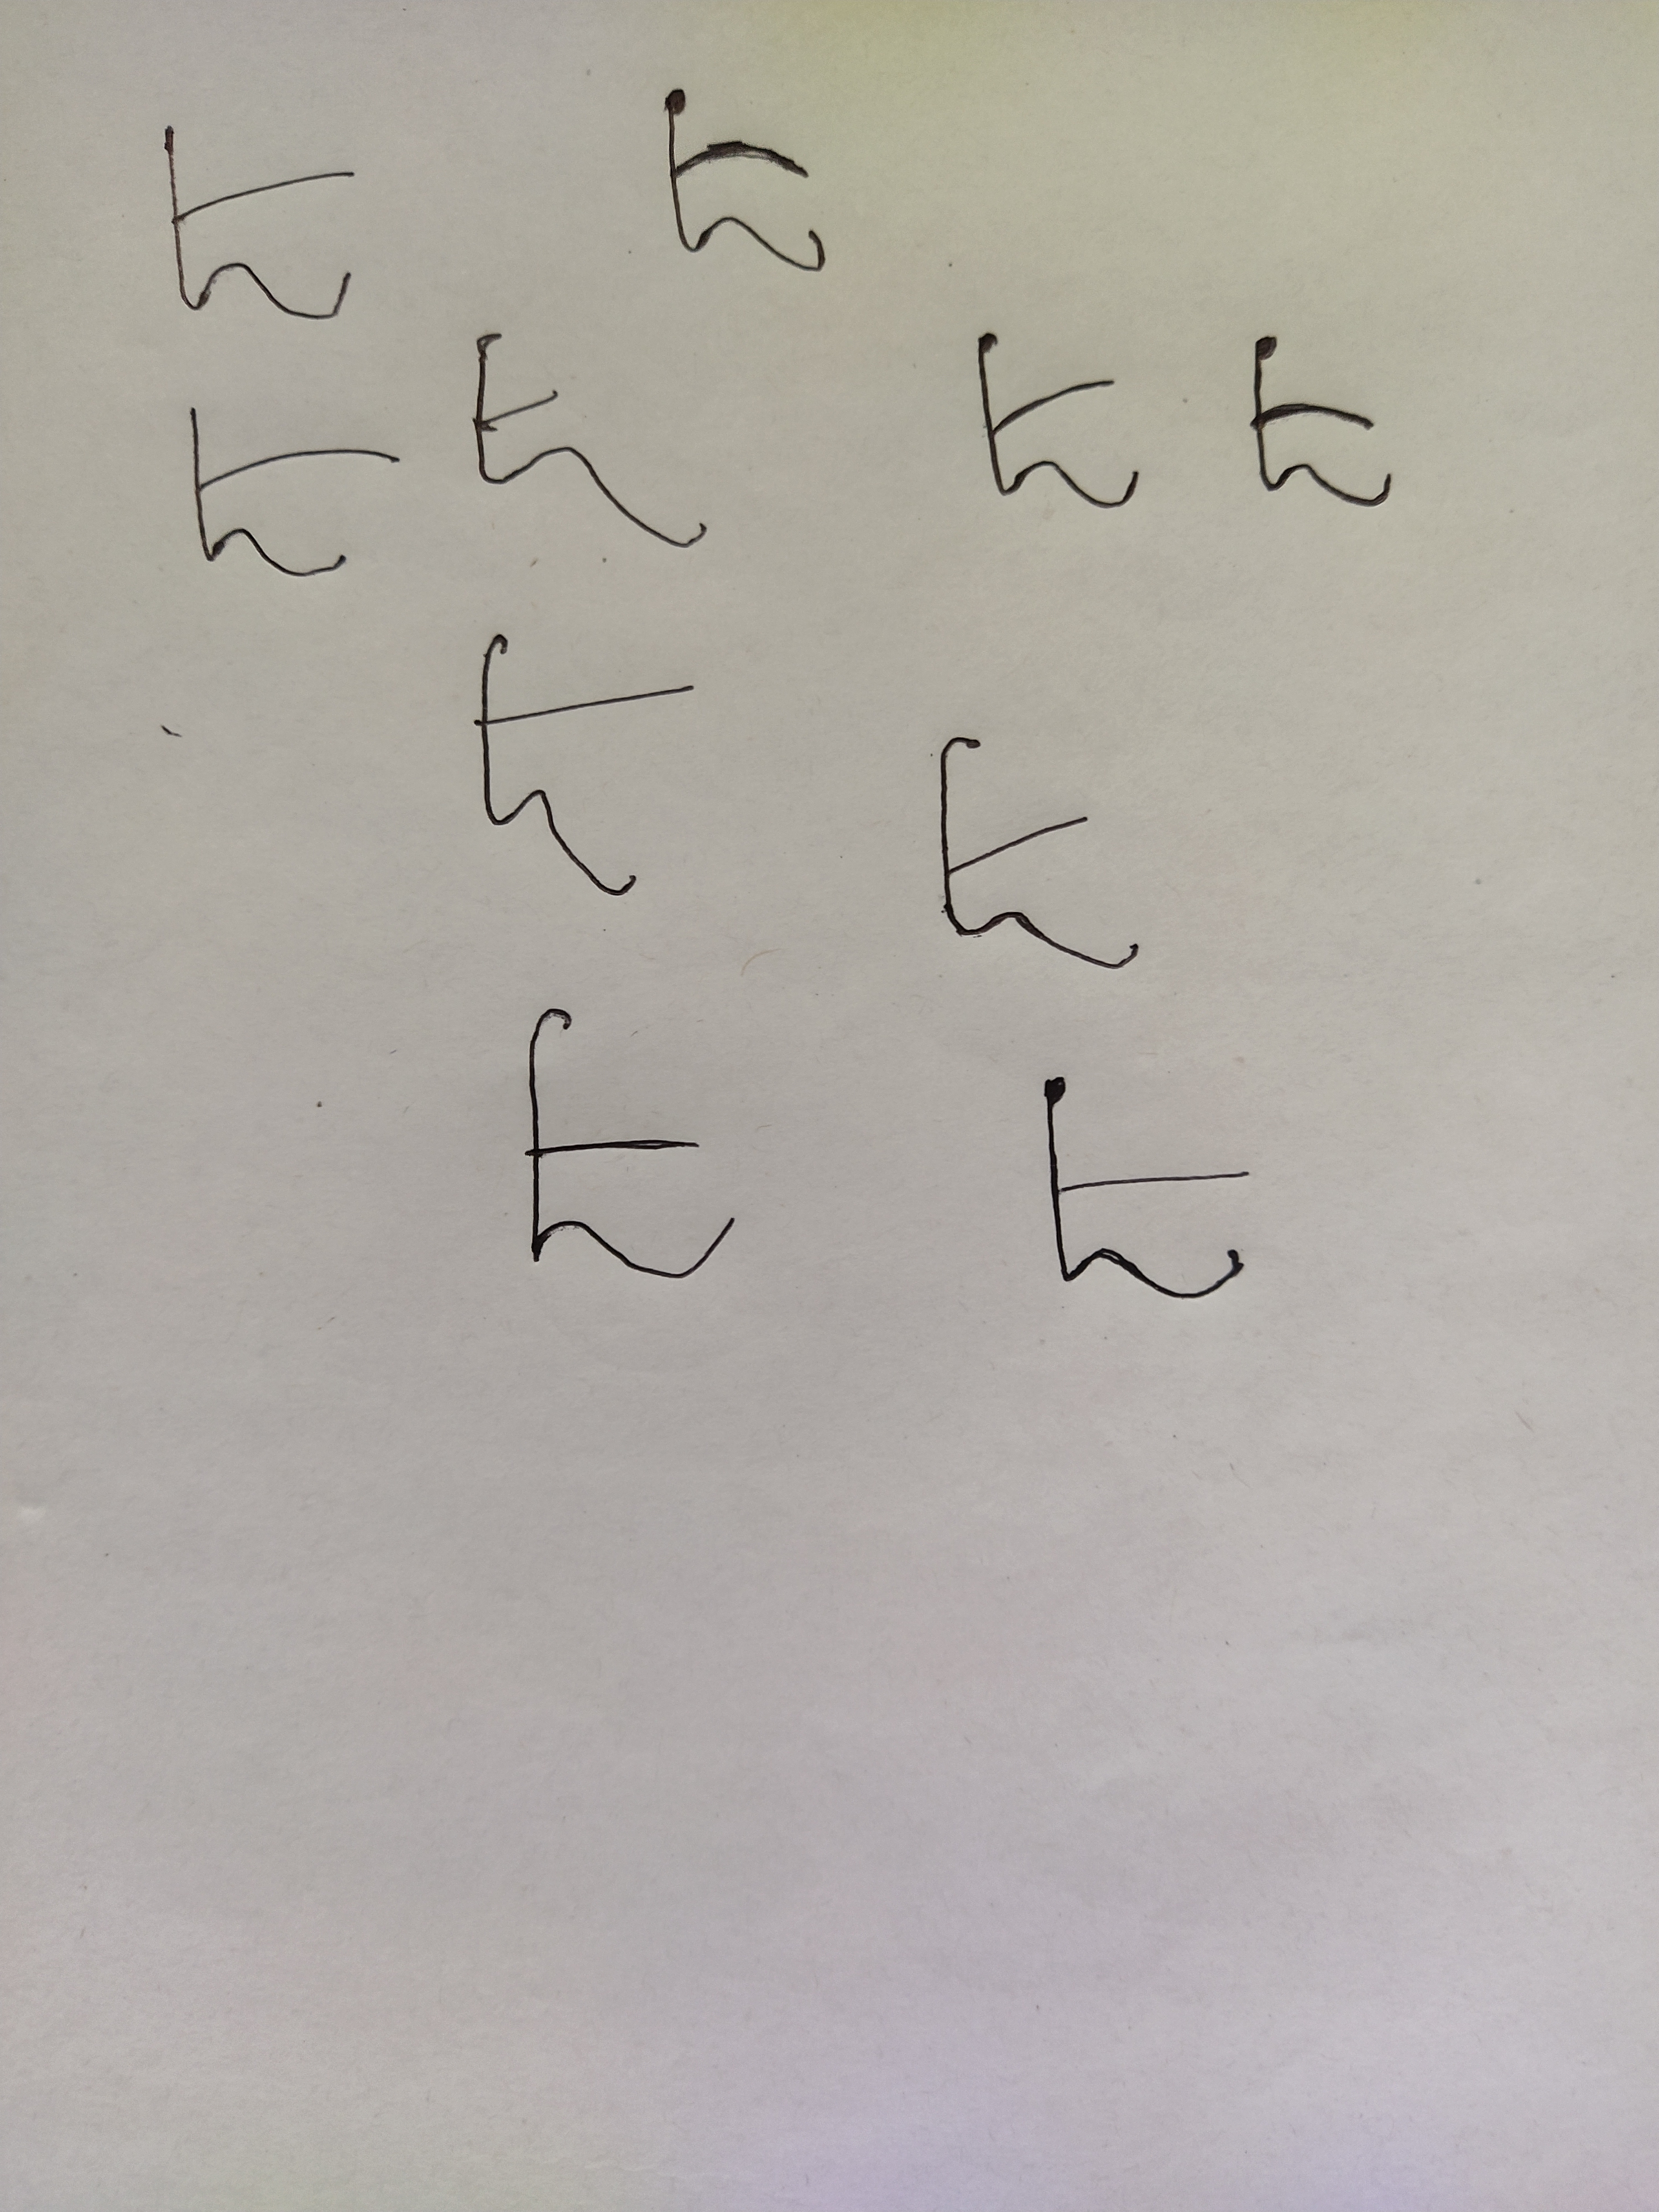
Signature authenticity: forged